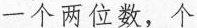
一个两位数，个